65_HS1-834228961_62-HQ-83894_Serial_130
Agency: FBI
Page 3
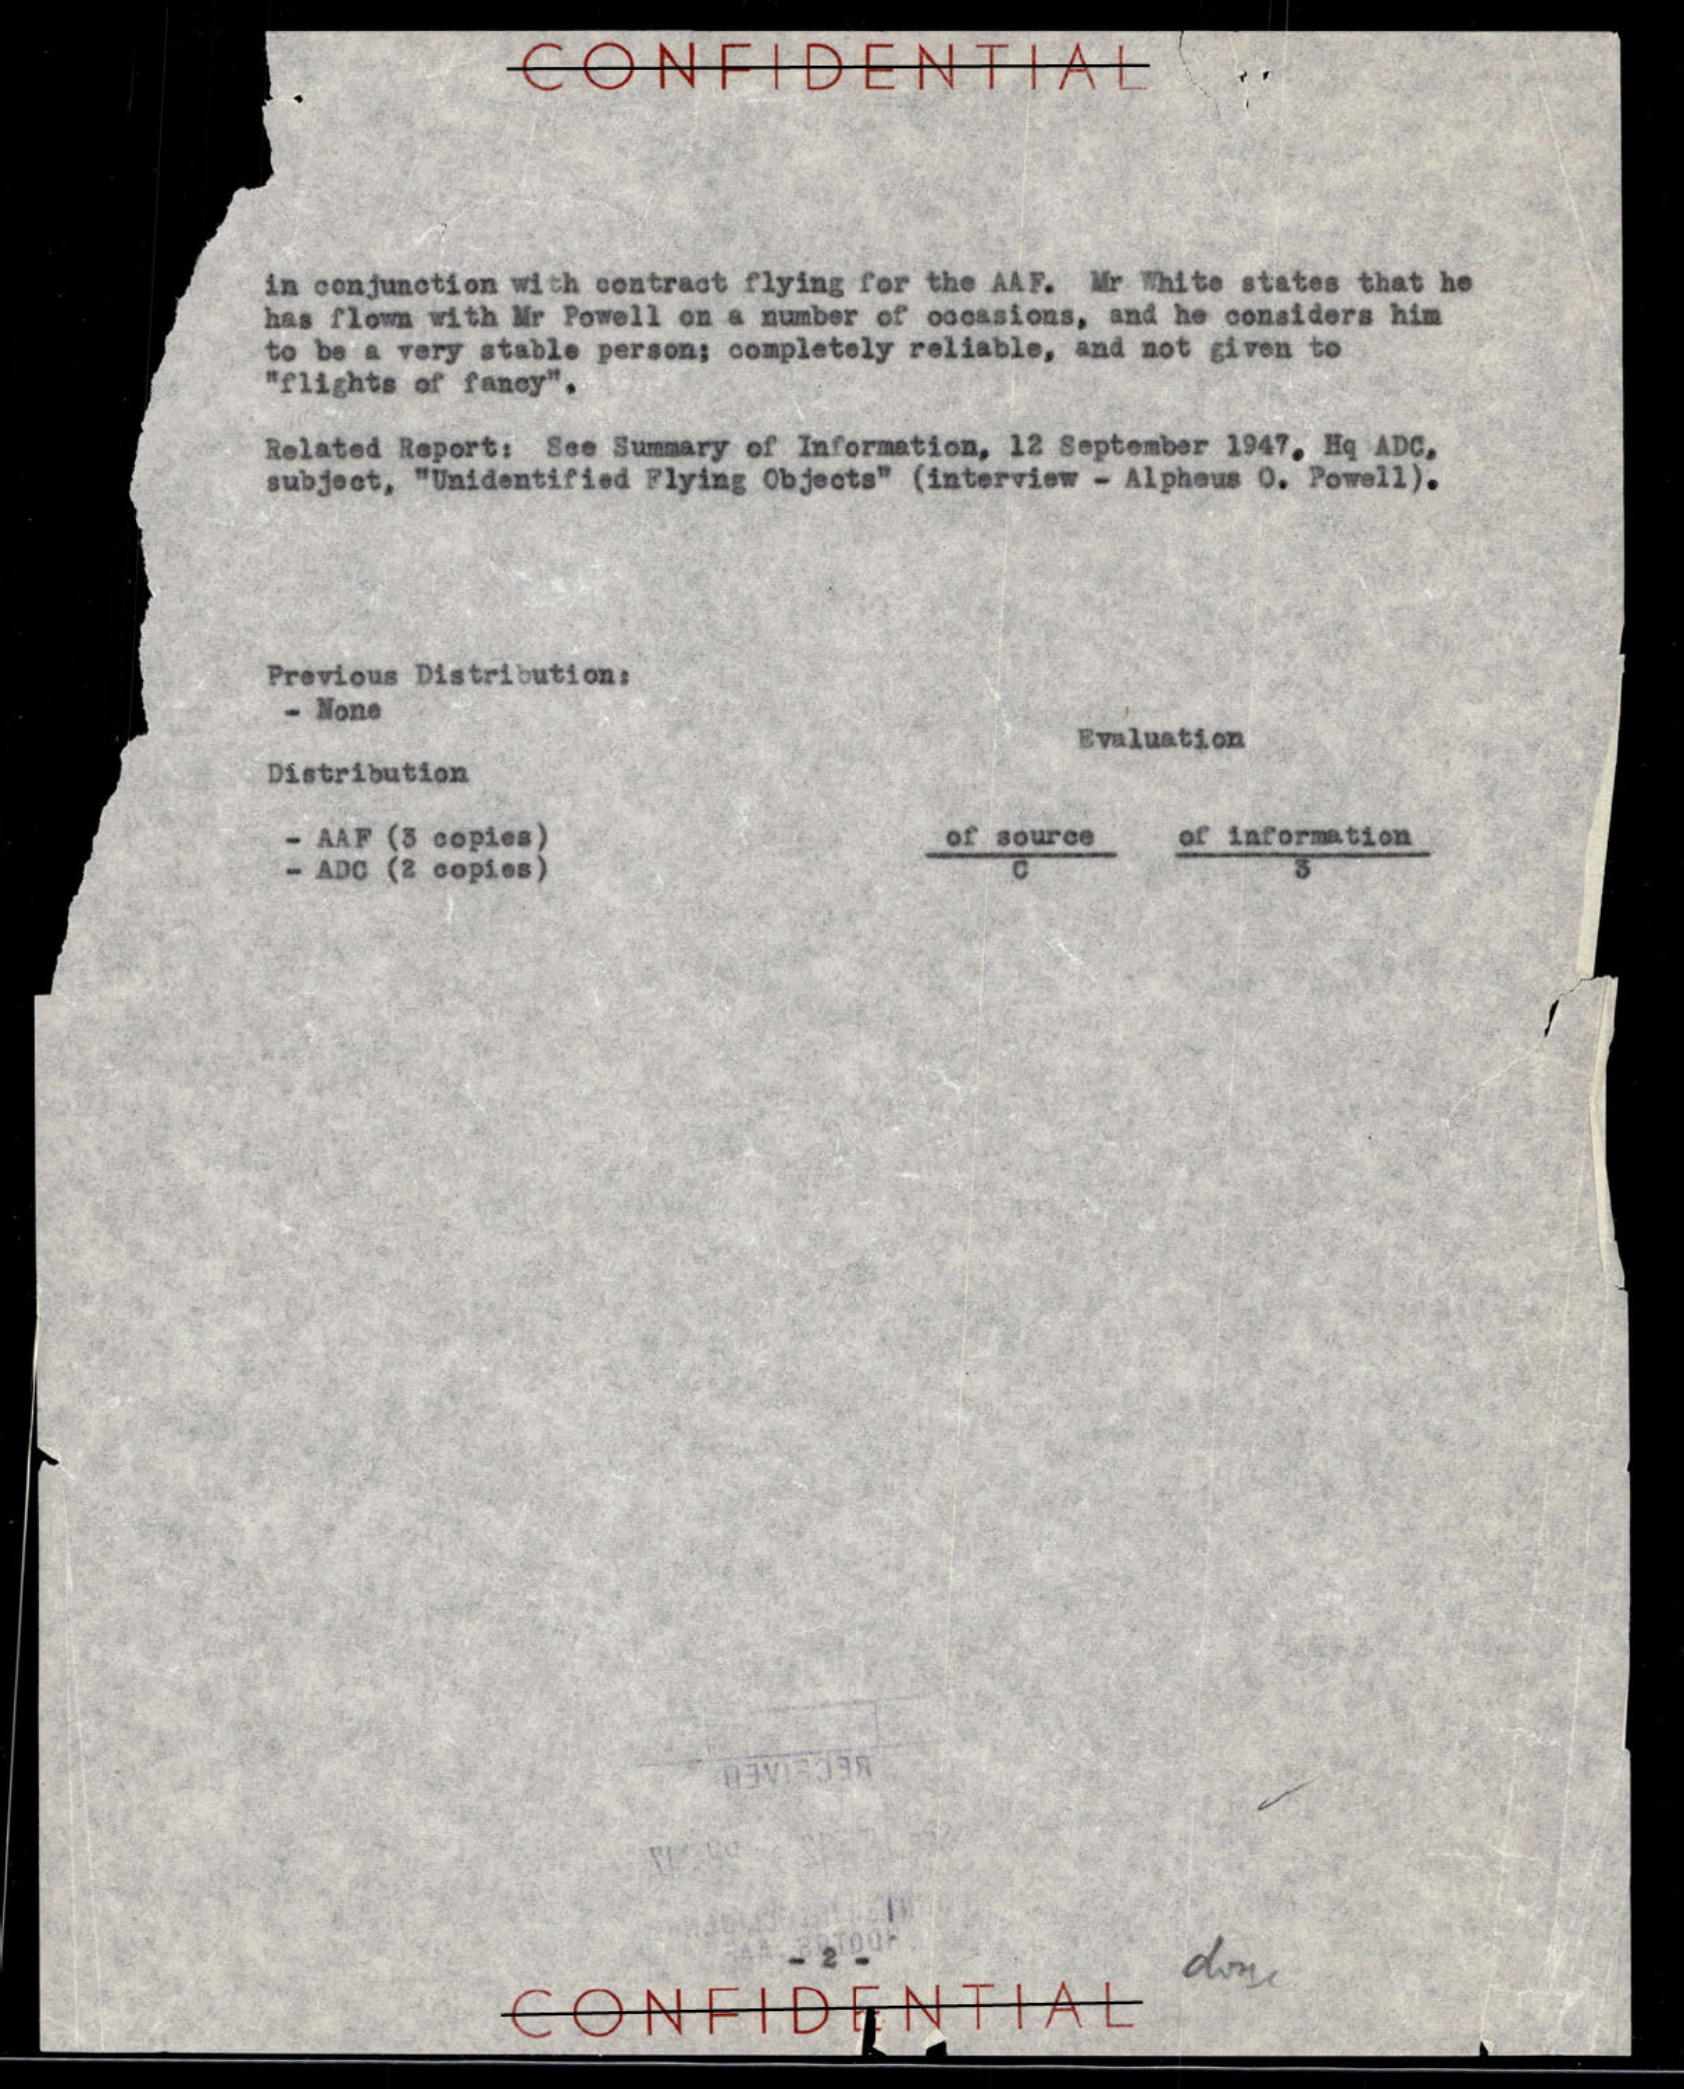